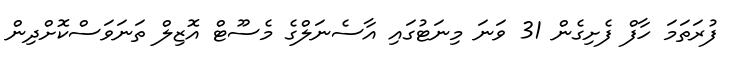
ފުރަތަމަ ހާފް ފެށިގެން 31 ވަނަ މިނަޓުގައި އާސެނަލްގެ މެސޫޓް އޮޒިލް ތަނަވަސްކޮށްދިން